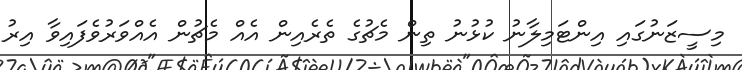
މިސީޒަނުގައި އިންޓަމިލާނު ކުޅުނު ތިން މެޗުގެ ތެރެއިން އެއް މެޗުން އެއްވަރުވެފައިވާ އިރު